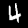
Label: 4